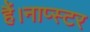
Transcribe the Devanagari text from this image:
हैं।नाप्स्टर